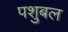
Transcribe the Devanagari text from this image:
पशुबल